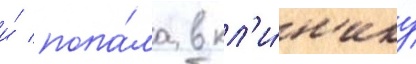
и́ попа́ла в кл'и́н'ику